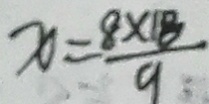
x = \frac { 8 \times 1 8 } { 9 }